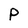
Character: P